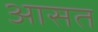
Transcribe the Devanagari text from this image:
आसत